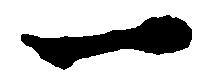
一